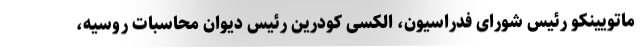
ماتویینکو رئیس شورای فدراسیون، الکسی کودرین رئیس دیوان محاسبات روسیه،